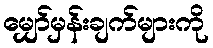
မျှော်မှန်းချက်များကို